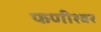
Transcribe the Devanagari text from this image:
फणीश्‍वर